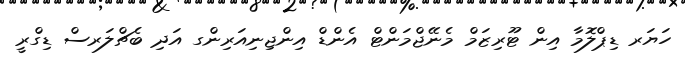
ހަޔަރ ޑިޕްލޮމާ އިން ޓޫރިޒަމް މެނޭޖްމަންޓް އެންޑް އިންޖިނިއަރިންގ އަދި ބެޗްލަރސް ޑިގްރީ